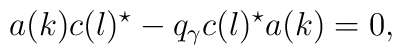
a(k) c(l)^{\star} -q_{\gamma} c(l)^{\star}  a(k)=0,